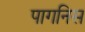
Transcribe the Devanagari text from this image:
पागनिस